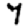
Digit: 7